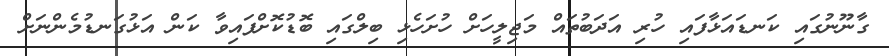
ގާނޫނުގައި ކަނޑައަޅާފައި ހުރި އަދަބުތައް މަޖިލީހަށް ހުށަހެޅި ބިލްގައި ބޮޑުކޮށްފައިވާ ކަން އަޅުގަނޑުމެންނަށް